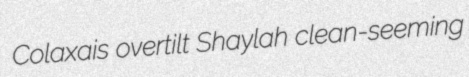
Colaxais overtilt Shaylah clean-seeming